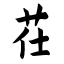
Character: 茌